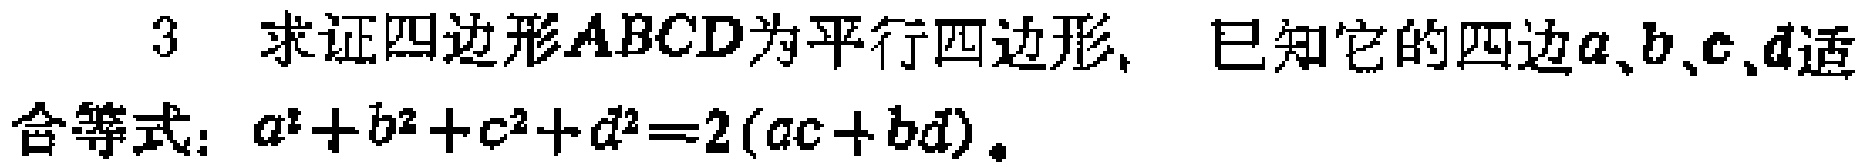
3 求证四边形\(ABCD\)为平行四边形，已知它的四边\(a\)、\(b\)、\(c\)、\(d\)适合等式：\(a^{2}+b^{2}+c^{2}+d^{2}=2(ac + bd)\)。